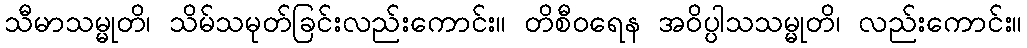
သီမာသမ္မုတိ၊ သိမ်သမုတ်ခြင်းလည်းကောင်း။ တိစီဝရေန အဝိပ္ပါသသမ္မုတိ၊ လည်းကောင်း။